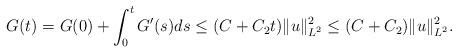
LaTeX: \begin{align*}G(t)=G(0)+\int_0^tG'(s)ds\leq (C+C_2t)\|u\|_{L^2}^2\leq (C+C_2)\|u\|_{L^2}^2.\end{align*}